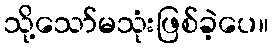
သို့သော်မသုံးဖြစ်ခဲ့ပေ။